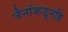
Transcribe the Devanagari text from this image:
जैनांकडूनहि